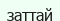
заттай